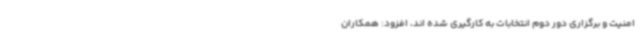
امنیت و برگزاری دور دوم انتخابات به کارگیری شده اند، افزود: همکاران